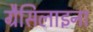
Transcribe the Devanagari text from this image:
ग्रैसिलाइना